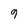
Character: 9